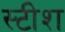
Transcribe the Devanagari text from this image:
स्टीश